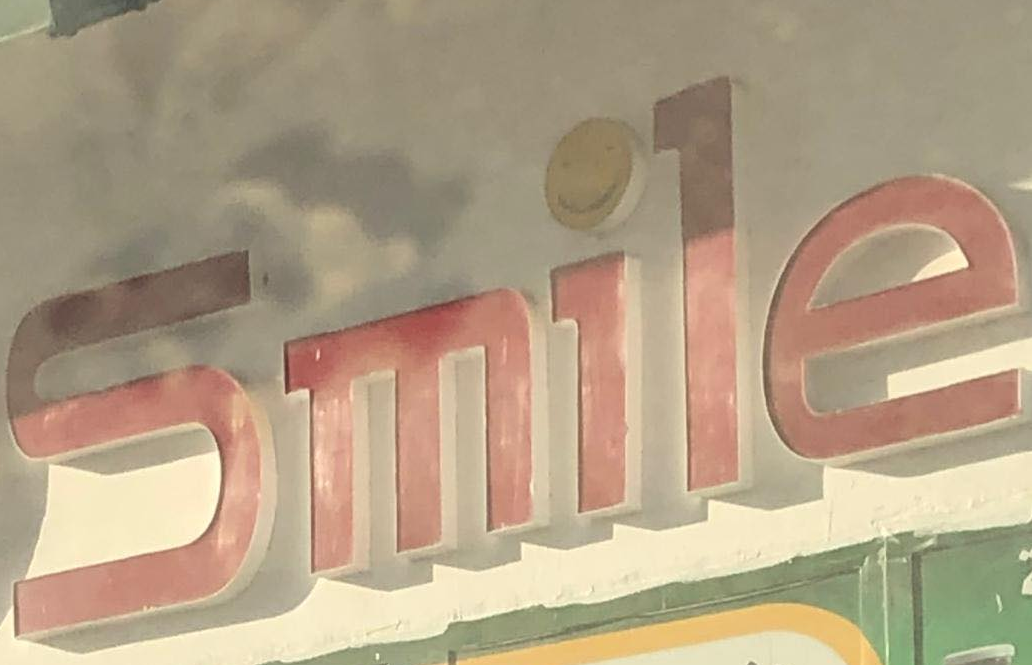
Smile